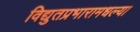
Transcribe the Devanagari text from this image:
विद्युतप्रभारामधल्या